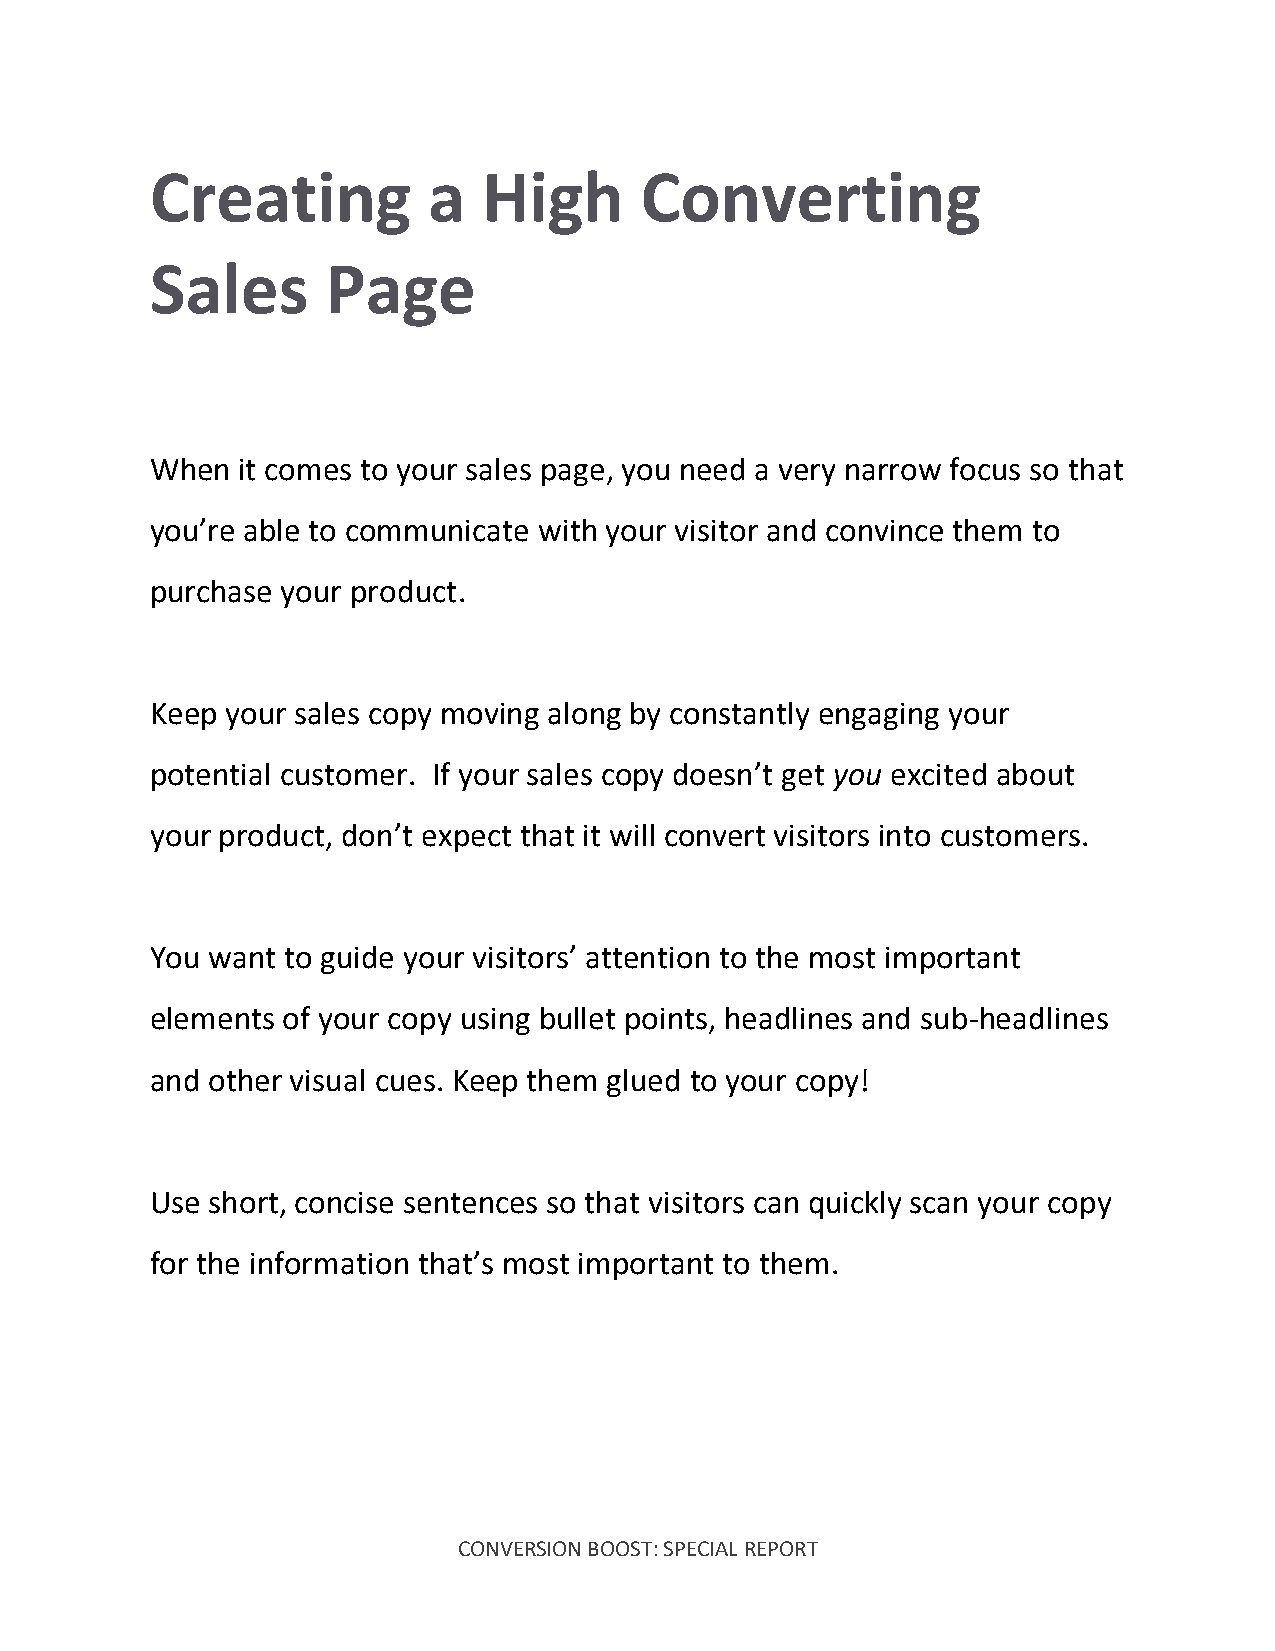
Creating          a   High      Converting
 Sales       Page
 When  it comes to your sales page, you need a very narrow focus so that
 you’re able to communicate with your visitor and convince them to
 purchase your product.
 Keep your sales copy moving along by constantly engaging your
 potential customer. If your sales copy doesn’t get you excited about
 your product, don’t expect that it will convert visitors into customers.
 You want to guide your visitors’ attention to the most important
 elements of your copy using bullet points, headlines and sub-headlines
 and other visual cues. Keep them glued to your copy!
 Use short, concise sentences so that visitors can quickly scan your copy
 for the information that’s most important to them.
 CONVERSION BOOST: SPECIAL REPORT